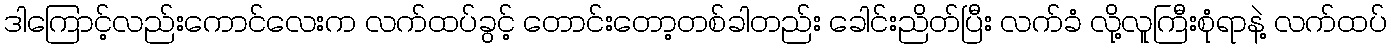
ဒါကြောင့်လည်းကောင်လေးက လက်ထပ်ခွင့် တောင်းတော့တစ်ခါတည်း ခေါင်းညိတ်ပြီး လက်ခံ လို့လူကြီးစုံရာနဲ့ လက်ထပ်